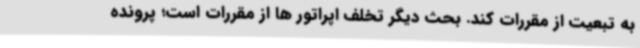
به تبعیت از مقررات کند. بحث دیگر تخلف اپراتور ها از مقررات است؛ پرونده